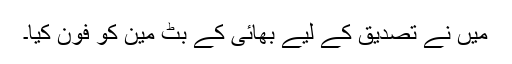
میں نے تصدیق کے لیے بھائی کے بٹ مین کو فون کیا۔